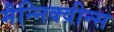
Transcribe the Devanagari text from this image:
मैन्निक्वीन्स